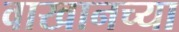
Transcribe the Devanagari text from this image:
वाखानच्या